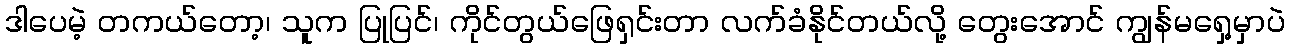
ဒါပေမဲ့ တကယ်တော့၊ သူက ပြုပြင်၊ ကိုင်တွယ်ဖြေရှင်းတာ လက်ခံနိုင်တယ်လို့ တွေးအောင် ကျွန်မရှေ့မှာပဲ